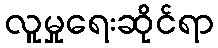
လူမှုရေးဆိုင်ရာ